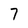
Character: 7